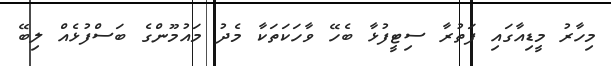
މިހާރު މީޑިއާގައި ފަތުރާ ސިޓީފުޅާ ބެހޭ ވާހަކަތަކާ މެދު މައުމޫންގެ ބަސްފުޅެއް ލިބޭ